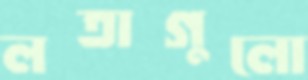
লতাগুলো